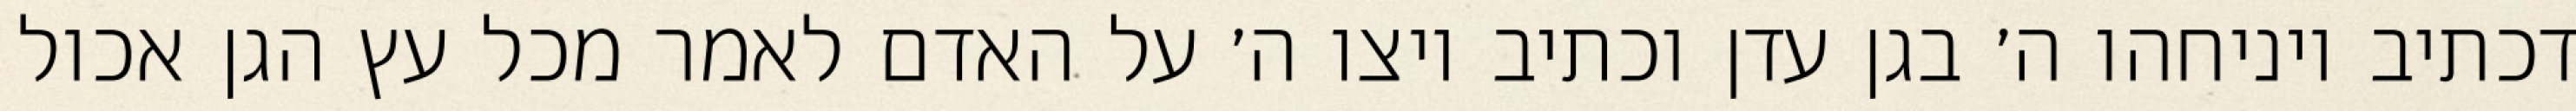
דכתיב ויניחהו ה׳ בגן עדן וכתיב ויצו ה׳ על האדם לאמר מכל עץ הגן אכול